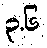
၃.၆